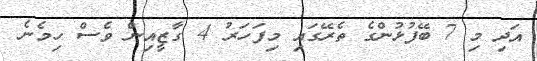
އަދި މި 7 ބޭފުޅުންގެ ތެރޭގައި މިފަހަރު 4 ގާޒީއިން ވެސް ހިމެނެ